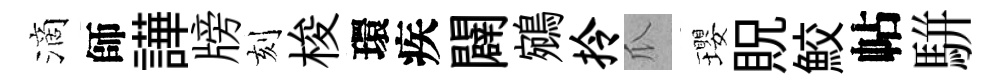
滴師譁牓刻梭環疾闢鵷拎瓜瓔貺鮫帖駢